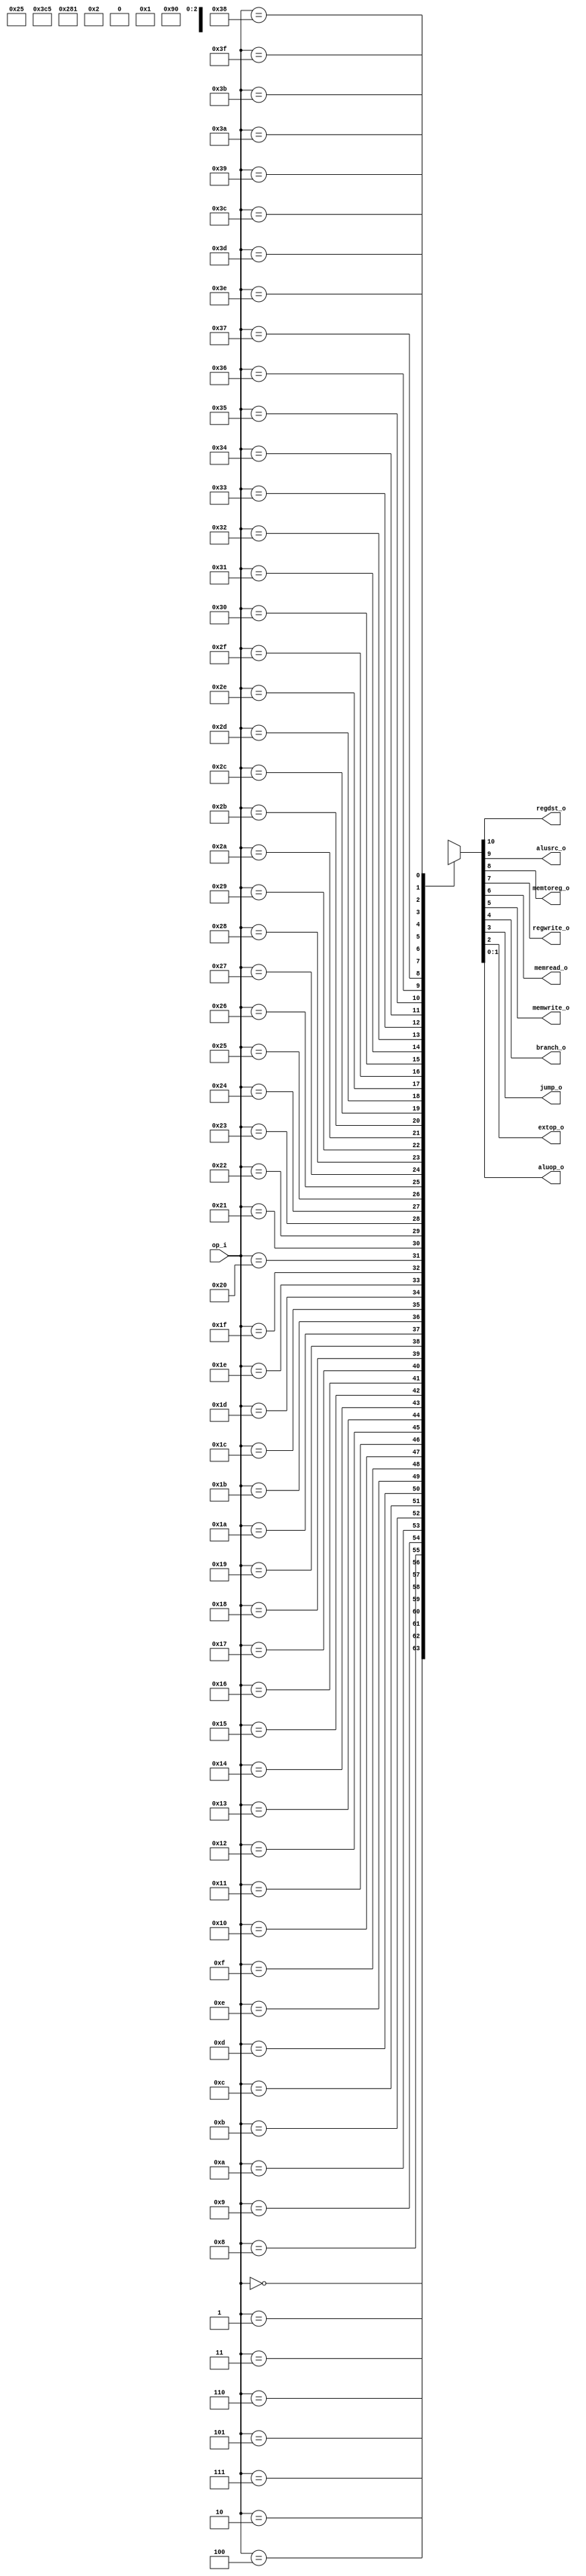
module Control(
	op_i,
	regdst_o,
	alusrc_o,
	memtoreg_o,
	regwrite_o,
	memread_o,
	memwrite_o,
	branch_o,
	jump_o,
	extop_o,
	aluop_o,
);

input  [5:0]	op_i;
output			regdst_o;
output			alusrc_o; 
output			memtoreg_o; 
output			regwrite_o; 
output			memread_o; 
output			memwrite_o; 
output			branch_o; 
output			jump_o; 
output			extop_o;
output [1:0]    aluop_o;

wire [10:0] tbl[0:63];
assign tbl[6'b000000] = 11'b10010000x11;
assign tbl[6'b001000] = 11'b01010000001;
assign tbl[6'b100011] = 11'b01111000101;
assign tbl[6'b101011] = 11'bx1x00100101;
assign tbl[6'b000100] = 11'bx0x00010x10;
assign tbl[6'b000010] = 11'bxxx00001xxx;

assign {
	regdst_o,
	alusrc_o,
	memtoreg_o,
	regwrite_o,
	memread_o,
	memwrite_o,
	branch_o,
	jump_o,
	extop_o,
	aluop_o} 
= tbl[op_i];

endmodule